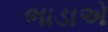
ભાડાએ